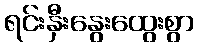
ရင်းနှီးနွေးထွေးစွာ